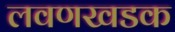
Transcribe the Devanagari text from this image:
लवणखडक